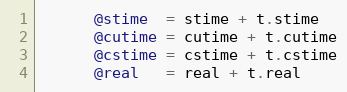
Language: Ruby
      @stime  = stime + t.stime
      @cutime = cutime + t.cutime
      @cstime = cstime + t.cstime
      @real   = real + t.real